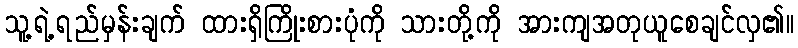
သူ့ရဲ့ရည်မှန်းချက် ထားရှိကြိုးစားပုံကို သားတို့ကို အားကျအတုယူစေချင်လှ၏။